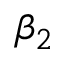
\beta _ { 2 }